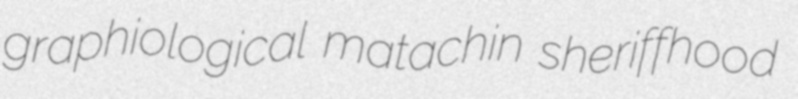
graphiological matachin sheriffhood